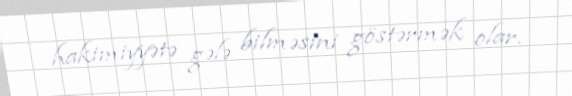
hakimiyyətə gələ bilməsini göstərmək olar.